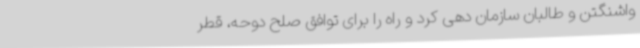
واشنگتن و طالبان سازمان دهی کرد و راه را برای توافق صلح دوحه، قطر